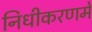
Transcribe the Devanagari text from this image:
निधीकरणमें